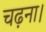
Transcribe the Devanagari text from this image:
चढ़ना।